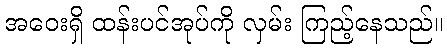
အဝေးရှိ ထန်းပင်အုပ်ကို လှမ်း ကြည့်နေသည်။